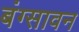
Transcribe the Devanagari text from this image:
बंग्सावन